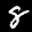
Label: 8